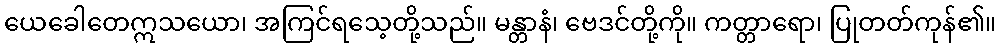
ယေခေါတေဣသယော၊ အကြင်ရသေ့တို့သည်။ မန္တာနံ၊ ဗေဒင်တို့ကို။ ကတ္တာရော၊ ပြုတတ်ကုန်၏။